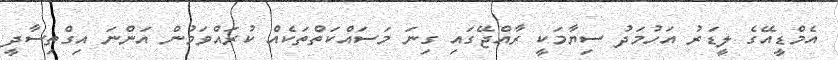
އެމްޑީއޭގެ ލީޑަރު އަހުމަދު ސިޔާމަކީ ރާއްޖޭގައި ގިނަ މަސައްކަތްތަކެއް ކުރައްވަމުން އަންނަ އިގްތިސާދީ